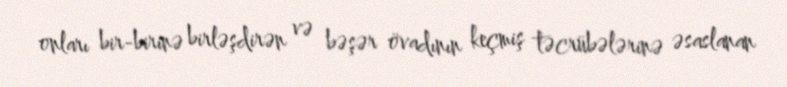
onları bir-birinə birləşdirən və bəşər övadının keçmiş təcrübələrinə əsaslanan